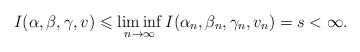
LaTeX: \begin{align*}I(\alpha,\beta,\gamma,v) \leqslant\liminf_{n\to\infty}I(\alpha_n,\beta_n,\gamma_n,v_n)=s<\infty.\end{align*}